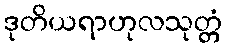
ဒုတိယရာဟုလသုတ္တံ